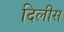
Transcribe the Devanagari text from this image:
दिलीस